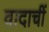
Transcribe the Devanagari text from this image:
वादाचीं